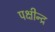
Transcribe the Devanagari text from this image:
पक्षीन्द्र